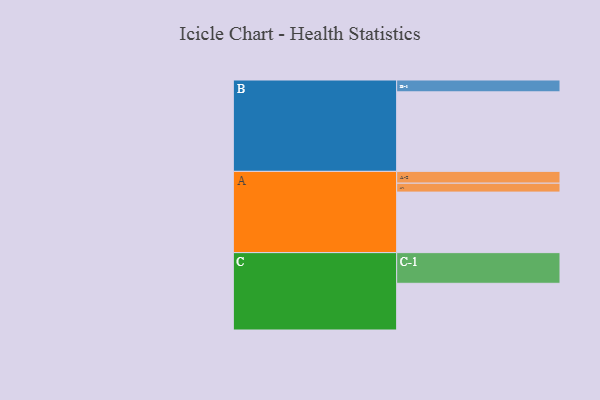
{"axis": {"x": "Segment", "y": "Value"}, "legend": ["", "A", "B", "C"], "data": [{"x": "A", "y": 450, "type": ""}, {"x": "B", "y": 591, "type": ""}, {"x": "C", "y": 347, "type": ""}, {"x": "A-1", "y": 66, "type": "A"}, {"x": "A-2", "y": 88, "type": "A"}, {"x": "B-1", "y": 88, "type": "B"}, {"x": "C-1", "y": 228, "type": "C"}]}